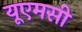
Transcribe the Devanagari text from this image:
यूएमसी